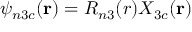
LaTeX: \psi _ { n 3 c } ( \mathbf { r } ) = R _ { n 3 } ( r ) X _ { 3 c } ( \mathbf { r } )